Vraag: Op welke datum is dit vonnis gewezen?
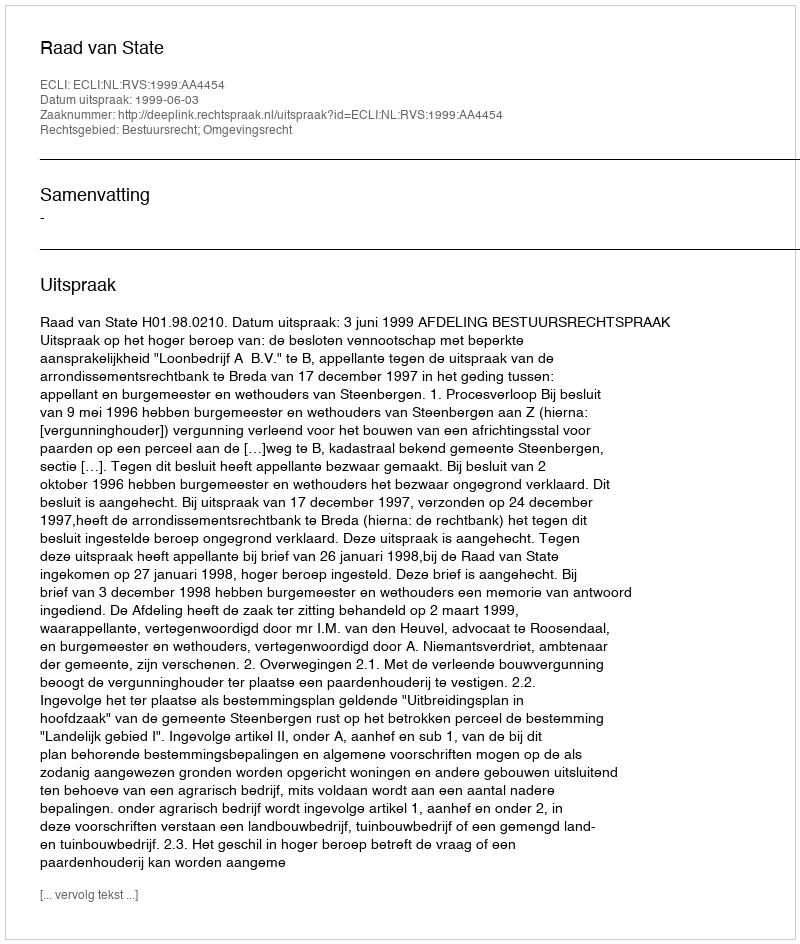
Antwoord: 1999-06-03